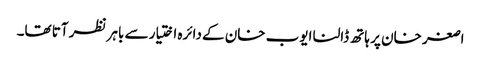
اصغر خان پر ہاتھ ڈالنا ایوب خان کے دائرہ اختیار سے باہر نظر آتا تھا۔